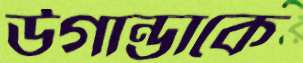
উগান্ডাকে